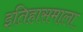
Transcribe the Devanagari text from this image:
इतिहासमाला